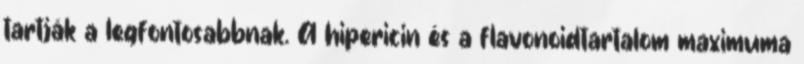
tartják a legfontosabbnak. A hipericin és a flavonoidtartalom maximuma